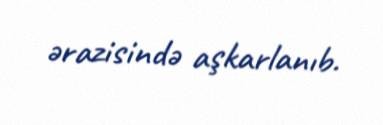
ərazisində aşkarlanıb.